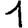
Digit: 1